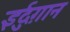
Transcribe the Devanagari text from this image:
इर्दुग़ान